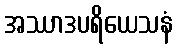
အဿာဒပရိယေသနံ